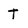
Character: T